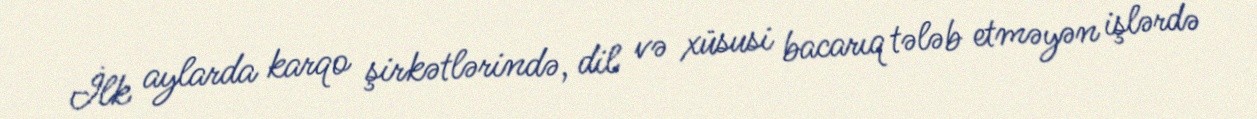
İlk aylarda karqo şirkətlərində, dil və xüsusi bacarıq tələb etməyən işlərdə